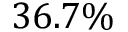
3 6 . 7 \%